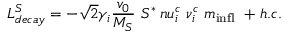
L _ { d e c a y } ^ { S } = - \sqrt { 2 } \gamma _ { i } \frac { v _ { 0 } } { M _ { S } } \ S ^ { * } \, n u _ { i } ^ { c } \ \nu _ { i } ^ { c } \ m _ { \mathrm { i n f l } } \ + h . c .